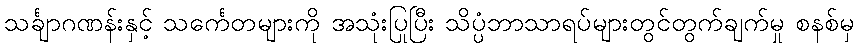
သင်္ချာဂဏန်းနှင့် သင်္ကေတများကို အသုံးပြုပြီး သိပ္ပံဘာသာရပ်များတွင်တွက်ချက်မှု စနစ်မှ